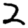
Digit: 2